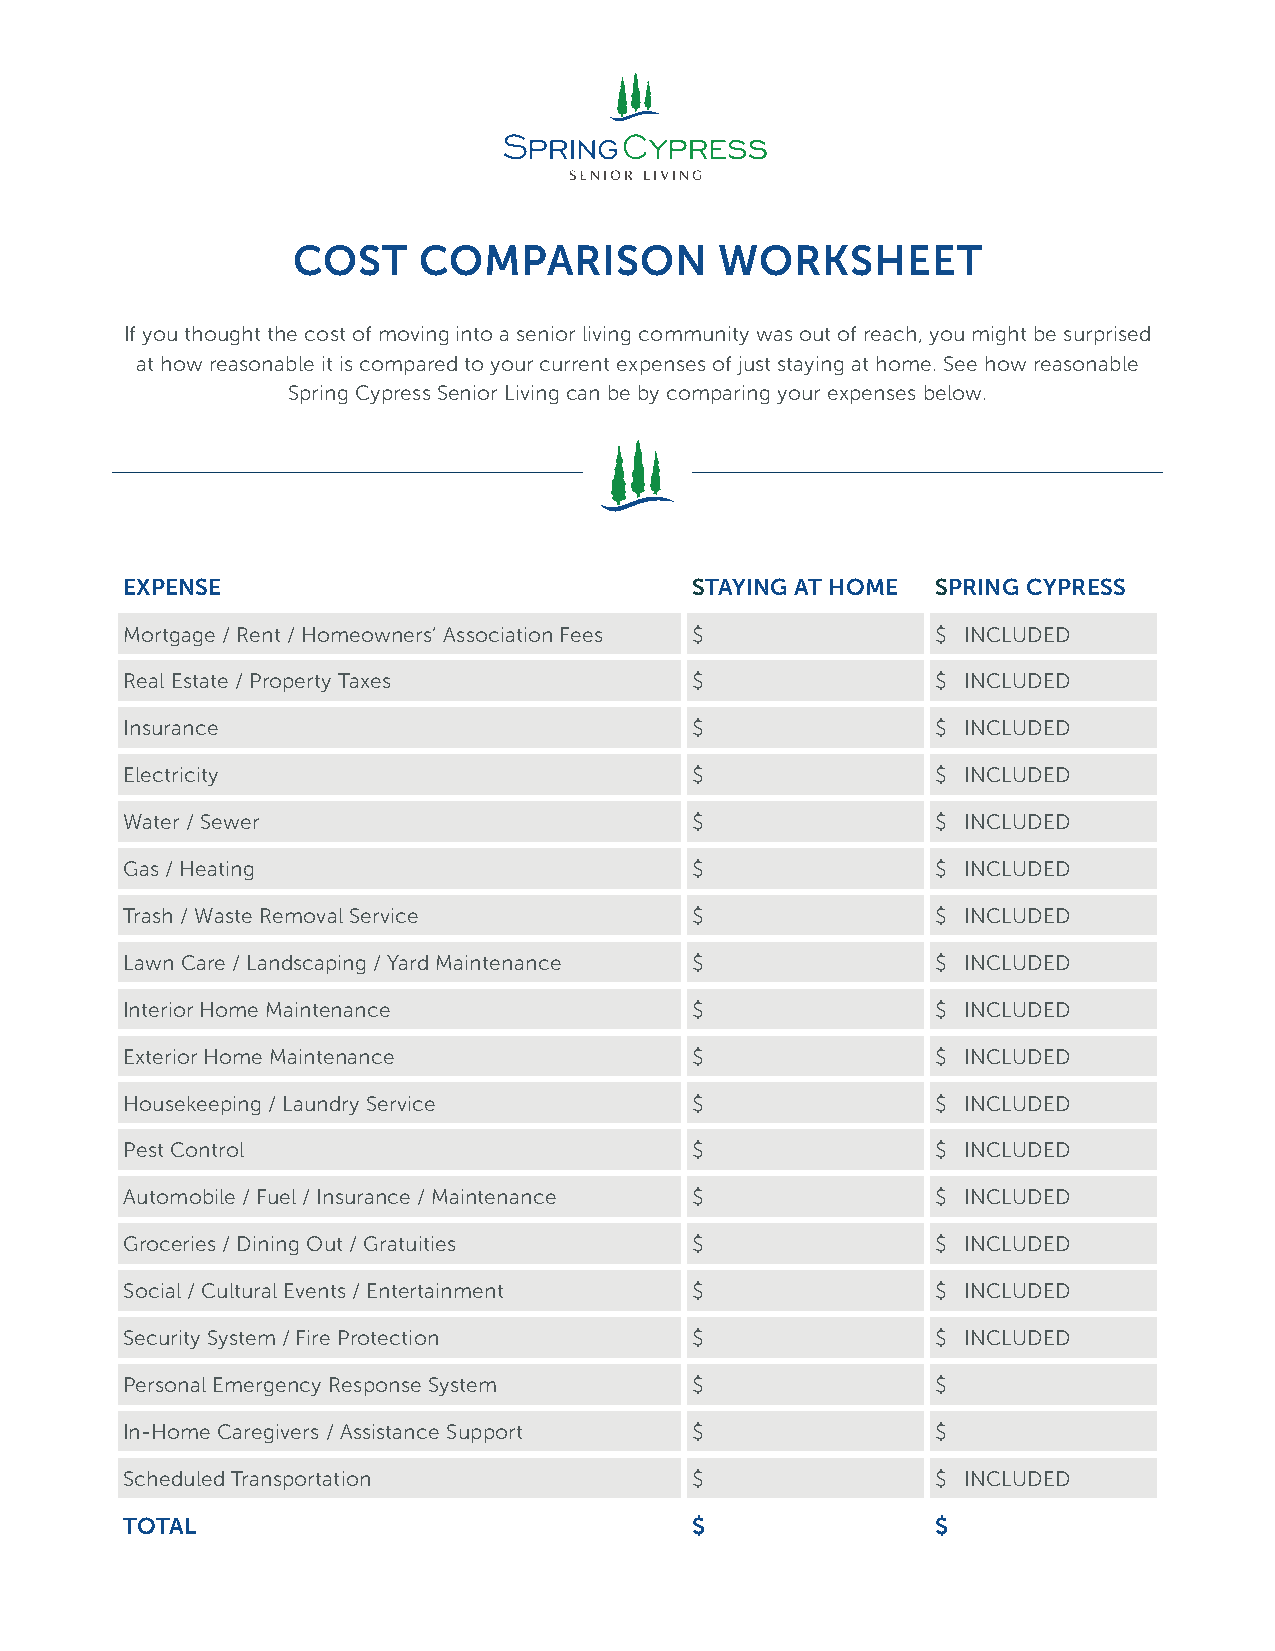
COST     COMPARISON          WORKSHEET
 If you thought the cost of moving into a senior living community was out of reach, you might be surprised
 at how reasonable it is compared to your current expenses of just staying at home. See how reasonable
 Spring Cypress Senior Living can be by comparing your expenses below.
 EXPENSE                               STAYING AT HOME SPRING CYPRESS
 Mortgage / Rent / Homeowners’ Association Fees $      $ INCLUDED
 Real Estate / Property Taxes          $               $ INCLUDED
 Insurance                             $               $ INCLUDED
 Electricity                           $               $ INCLUDED
 Water / Sewer                         $               $ INCLUDED
 Gas / Heating                         $               $ INCLUDED
 Trash / Waste Removal Service         $               $ INCLUDED
 Lawn Care / Landscaping / Yard Maintenance $          $ INCLUDED
 Interior Home Maintenance             $               $ INCLUDED
 Exterior Home Maintenance             $               $ INCLUDED
 Housekeeping / Laundry Service        $               $ INCLUDED
 Pest Control                          $               $ INCLUDED
 Automobile / Fuel / Insurance / Maintenance $         $ INCLUDED
 Groceries / Dining Out / Gratuities   $               $ INCLUDED
 Social / Cultural Events / Entertainment $            $ INCLUDED
 Security System / Fire Protection     $               $ INCLUDED
 Personal Emergency Response System    $               $
 In-Home Caregivers / Assistance Support $             $
 Scheduled Transportation              $               $ INCLUDED
 TOTAL                                 $               $